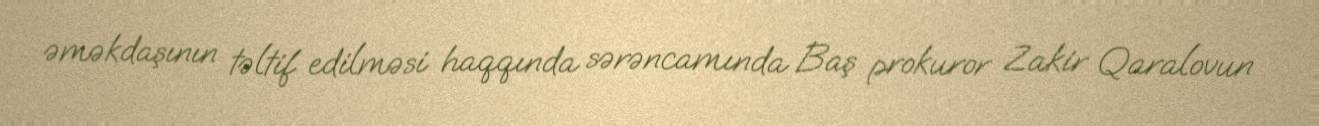
əməkdaşının təltif edilməsi haqqında sərəncamında Baş prokuror Zakir Qaralovun